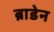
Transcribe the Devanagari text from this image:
ब्राडेन